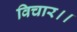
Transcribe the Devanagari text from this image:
विचार।।